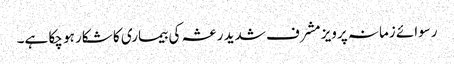
رسوائے زمانہ پرویز مشرف شدید رعشہ کی بیماری کا شکار ہو چکا ہے۔